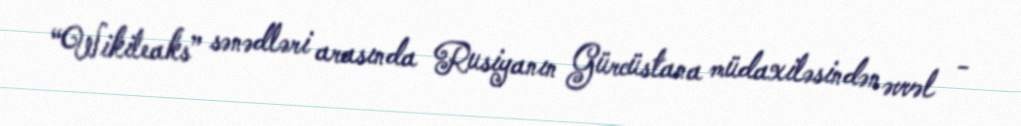
“Wikileaks” sənədləri arasında Rusiyanın Gürcüstana müdaxiləsindən əvvəl -